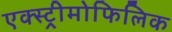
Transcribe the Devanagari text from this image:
एक्स्ट्रीमोफिलिक